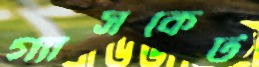
গ্যাসকেট